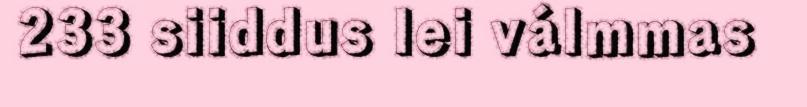
233 siiddus lei válmmas